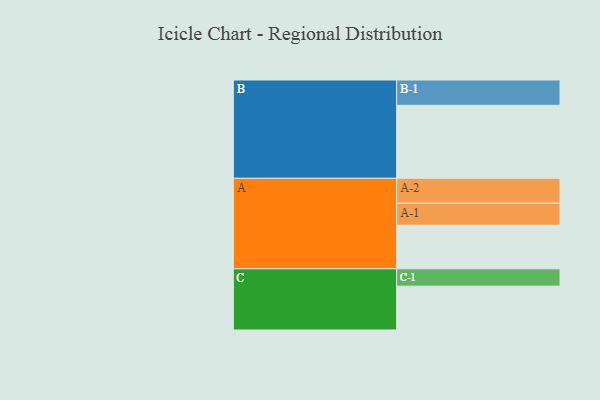
{"axis": {"x": "Segment", "y": "Value"}, "legend": ["", "A", "B", "C"], "data": [{"x": "A", "y": 317, "type": ""}, {"x": "B", "y": 531, "type": ""}, {"x": "C", "y": 319, "type": ""}, {"x": "A-1", "y": 160, "type": "A"}, {"x": "A-2", "y": 181, "type": "A"}, {"x": "B-1", "y": 184, "type": "B"}, {"x": "C-1", "y": 126, "type": "C"}]}